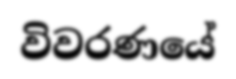
විවරණයේ